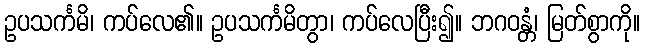
ဥပသင်္ကမိ၊ ကပ်လေ၏။ ဥပသင်္ကမိတွာ၊ ကပ်လေပြီး၍။ ဘဂဝန္တံ၊ မြတ်စွာကို။